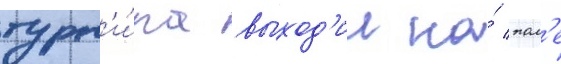
турн'и́ра выход'ил на́ пол'е